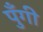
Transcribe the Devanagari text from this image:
पुँगी